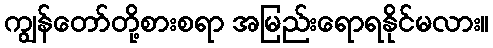
ကျွန်တော်တို့စားစရာ အမြည်းရောရနိုင်မလား။